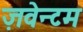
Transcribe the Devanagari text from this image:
ज़वेन्टम